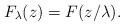
LaTeX: \begin{align*}F_\lambda(z)=F(z/\lambda).\end{align*}